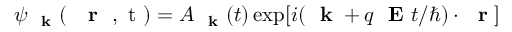
\psi _ { \mathrm { ~ \bf ~ k ~ } } ( \mathrm { ~ { ~ \bf ~ r ~ } ~ , ~ t ~ } ) = A _ { \mathrm { ~ \bf ~ k ~ } } ( t ) \exp [ i ( \mathrm { ~ \bf ~ k ~ } + q \mathrm { ~ \bf ~ E ~ } t / \hbar ) \cdot \mathrm { ~ \bf ~ r ~ } ]